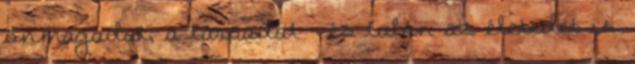
önmagadat, a társadat - és talán az életedet is.